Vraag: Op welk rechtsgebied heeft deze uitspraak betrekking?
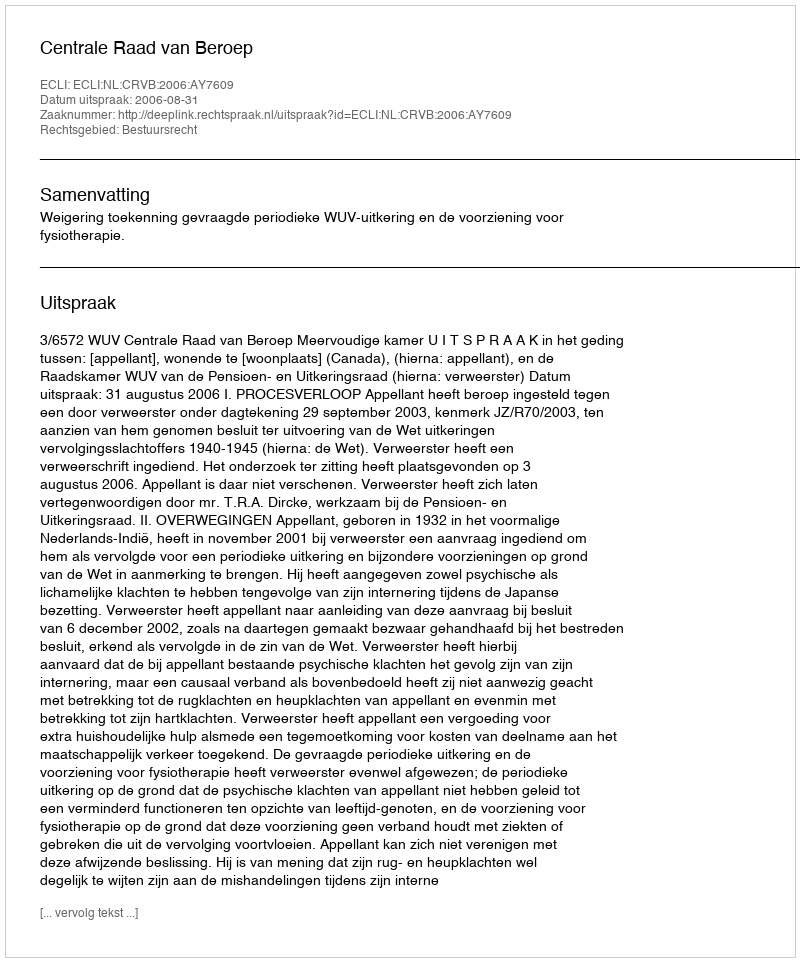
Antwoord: Bestuursrecht